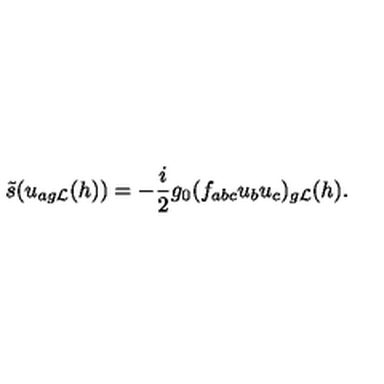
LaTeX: \tilde { s } ( u _ { a { g { \cal L } } } ( h ) ) = - \frac { i } { 2 } g _ { 0 } ( f _ { a b c } u _ { b } u _ { c } ) _ { g { \cal L } } ( h ) .